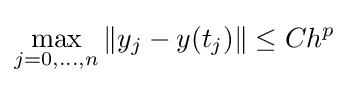
\max _{j=0,\dotsc ,n}\|y_{j}-y(t_{j})\|\leq Ch^{p}